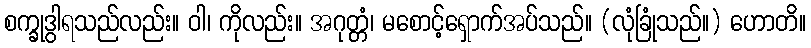
စက္ခုဒွါရသည်လည်း။ ဝါ၊ ကိုလည်း။ အဂုတ္တံ၊ မစောင့်ရှောက်အပ်သည်။ (လုံခြုံသည်။) ဟောတိ။